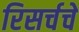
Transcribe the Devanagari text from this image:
रिसर्चचे